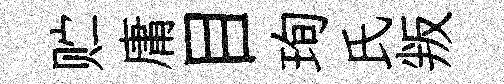
贮庸目珣氏叛